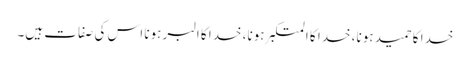
خدا کا حمید ہونا، خدا کا المتکبر ہونا، خدا کا البر ہونا اس کی صفات ہیں۔